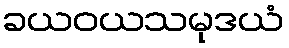
ခယဝယသမုဒယံ